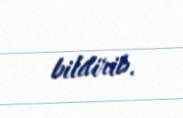
bildirib.